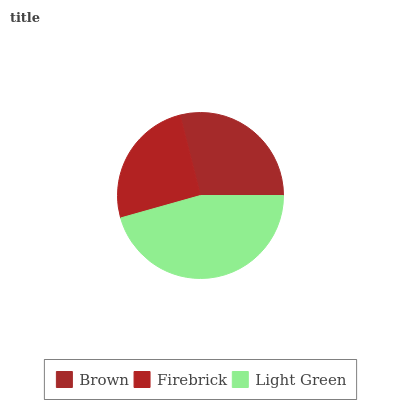
| Brown | Firebrick | Light Green |
 | --- | --- | --- |
 | 28.9% | 25.4% | 45.6% |